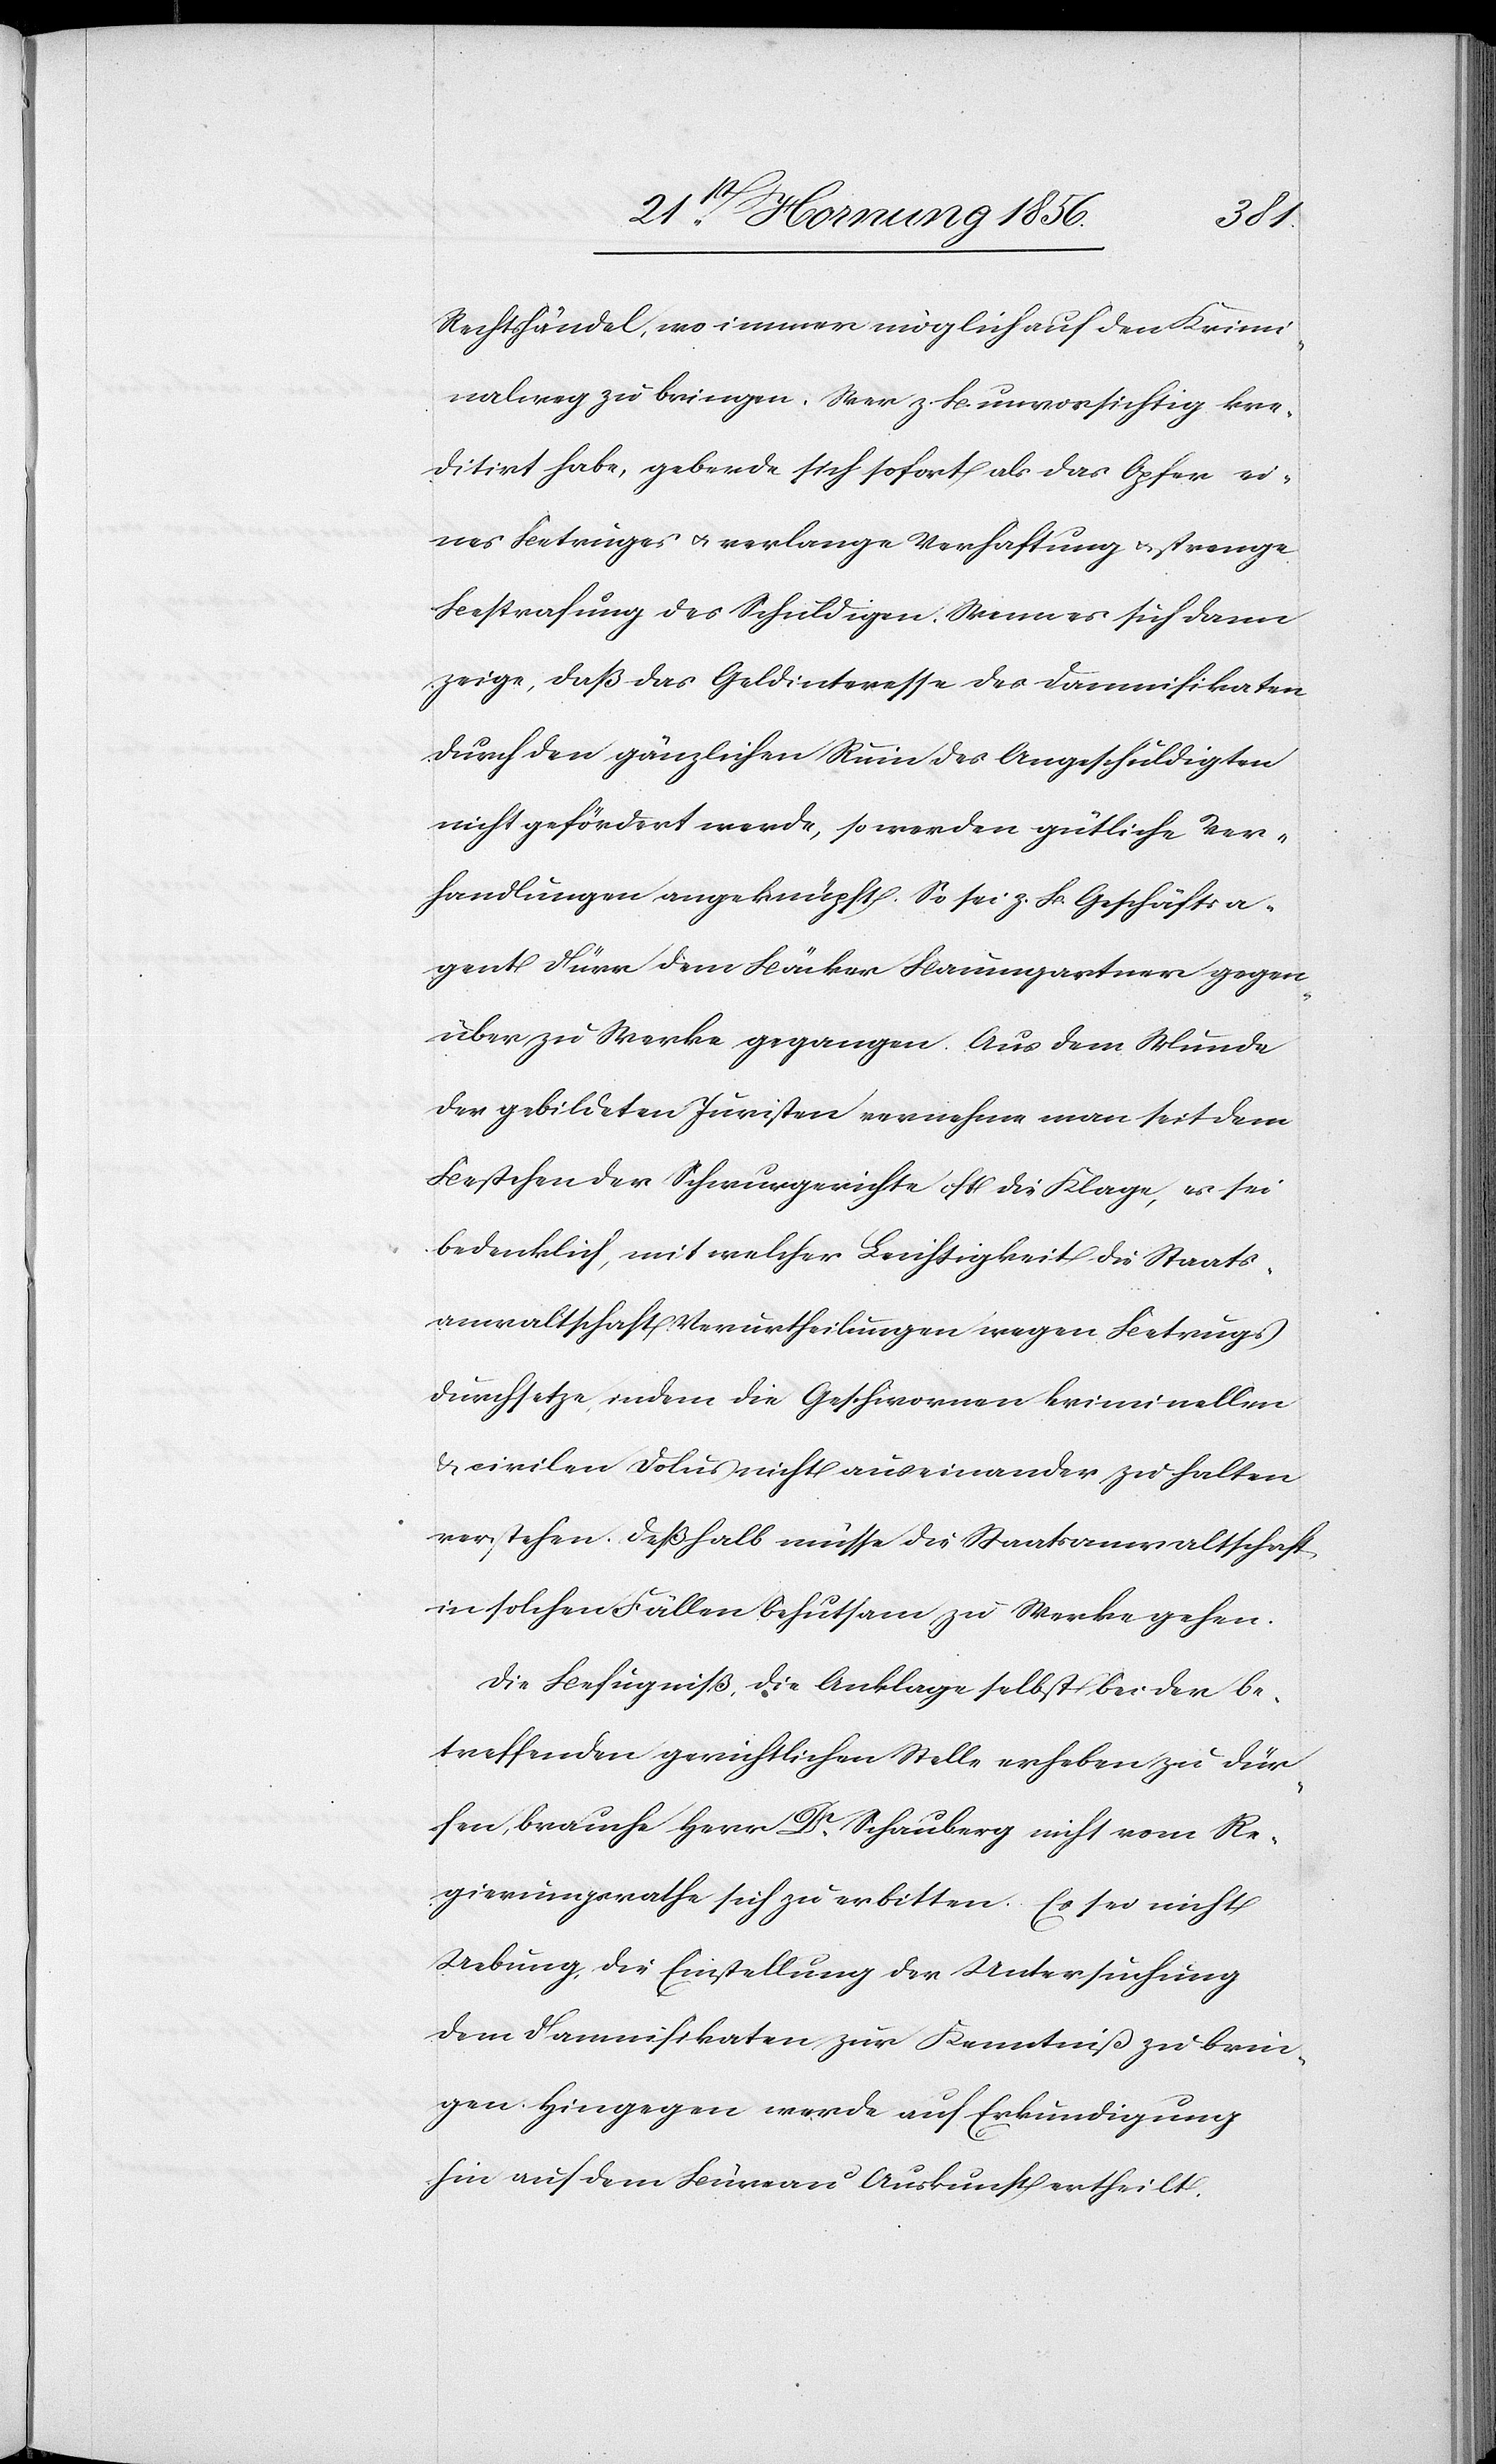
Rechtshändel, wo immer möglich auf den Krimi¬
nalweg zu bringen. Wer z. B. unvorsichtig kre¬
ditirt habe, geberde sich sofort als das Opfer ei¬
nes Betruges u. verlange Verhaftung u. strenge
Bestrafung des Schuldigen. Wenn es sich dann
zeige, daß das Geldinteresse des Damnifikaten
durch den gänzlichen Ruin des Angeschuldigten
nicht gefördert werde, so werden gütliche Ver¬
handlungen angeknüpft. So sei z. B. Geschäftsa¬
gent Dürr dem Bäcker Baumgartner gegen¬
über zu Werke gegangen. Aus dem Munde
der gebildeten Juristen vernehme man seit dem
Bestehen der Schwurgerichte oft die Klage, es sei
bedenklich, mit welcher Leichtigkeit die Staats¬
anwaltschaft Verurtheilungen wegen Betrugs
durchsetze, indem die Geschwornen kriminellen
& civilen Dolus nicht auseinander zu halten
verstehen. Deßhalb müsse die Staatsanwaltschaft
in solchen Fällen behutsam zu Werke gehen.
Die Befugniß, die Anklage selbst bei der be¬
treffenden gerichtlichen Stelle erheben zu dür¬
fen, brauche Herr Dr Schauberg nicht vom Re¬
gierungsrathe sich zu erbitten. Es sei nicht
Uebung, die Einstellung der Untersuchung
dem Damnifikaten zur Kenntniß zu brin¬
gen. Hingegen werde auf Erkundigung
hin auf dem Bureau Auskunft ertheilt.